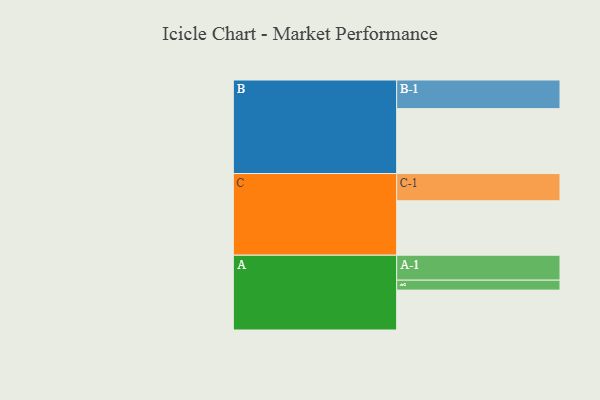
{"axis": {"x": "Segment", "y": "Value"}, "legend": ["", "A", "B", "C"], "data": [{"x": "A", "y": 312, "type": ""}, {"x": "B", "y": 508, "type": ""}, {"x": "C", "y": 426, "type": ""}, {"x": "A-1", "y": 195, "type": "A"}, {"x": "A-2", "y": 78, "type": "A"}, {"x": "B-1", "y": 224, "type": "B"}, {"x": "C-1", "y": 213, "type": "C"}]}